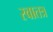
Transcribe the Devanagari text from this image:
स्वातत्र